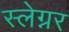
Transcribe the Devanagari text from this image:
स्लेग्नर